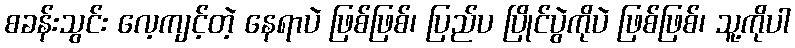
စခန်းသွင်း လေ့ကျင့်တဲ့ နေရာပဲ ဖြစ်ဖြစ်၊ ပြည်ပ ပြိုင်ပွဲကိုပဲ ဖြစ်ဖြစ်၊ သူ့ကိုပါ